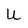
Character: U